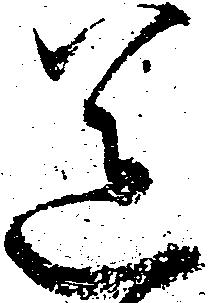
送